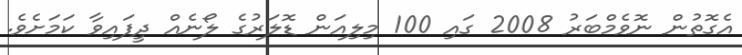
އެގޮތުން ނޮވެމްބަރު 2008 ގައި 100 މިލިއަން ޑޮލަރުގެ ލޯނެއް ދީފައިވާ ކަމަށެވެ.